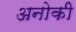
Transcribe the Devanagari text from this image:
अनोकी